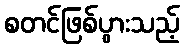
စတင်ဖြစ်ပွားသည့်